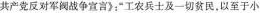
共产党反对军阀战争宣言》；”工农兵士及-切贫民，以至于小